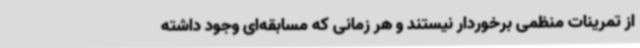
از تمرینات منظمی برخوردار نیستند و هر زمانی که مسابقه‌ای وجود داشته